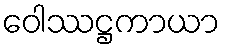
ဝေါဿဋ္ဌကာယာ